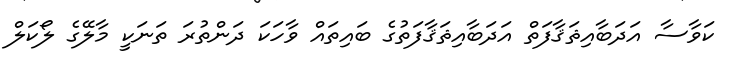
ކަވާސާ އަދަބާއިޘަޤާފަތް އަދަބާއިޘަޤާފަތުގެ ބައިތައް ވާހަކަ ދަންތުރަ ތަނަކީ މާލޭގެ ލޯކަލް